Leaving Certificate Examination, 1925
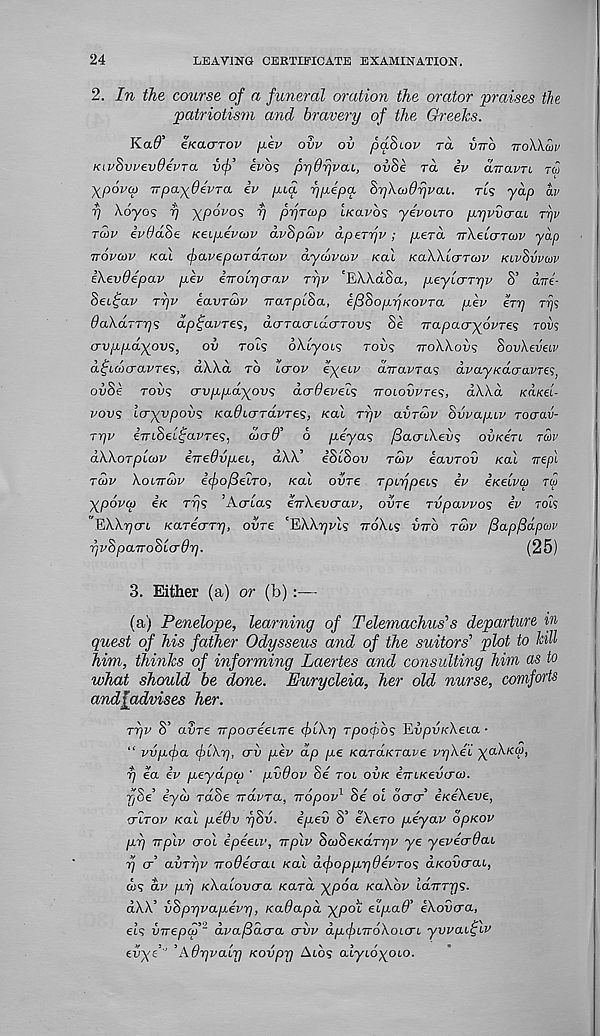
24
LEAVING CERTIFICATE EXAMINATION.
2. In the course of a funeral oration the orator praises the
patriotism and bravery of the Greeks.
KaO’ eKacrrov pev ovv ov paBiov TO. {ITTO TTOWMI/
KivhwevOevTa vfi’ evbs prjOrjvciL, ov8e ra iv drravTL TO
XRovy rrpa-xOsvTa iv pea rjpepa SyXcodrjvcu. TLS yap av
i] \6yos f xpovos r) pfrup iKavbs yevoiTo pyvv&cn Trjv
TGJV ivddhe Keepevcov dvSpcov dperrjv ; perd rrheicrTcov yap
Trovaiv /cat favepcoTCiTcov dyaivcov /cat KaWicrTCov KLVSVVCOV
i\ev6epav pev iTrobrjcrav ryv 'EWctSa, peyLcrrrjv S’ dne-
8ei£av TTjV eavTcov TrarplSa, i/BSopyKovra pev ery rij?
Oakdrrrjs dp^avres, do-TacridcrTovs Se Trapacrxbvres TOVS
cryppayovs,
ov rots oXlyois TOUS TTOAAOVS SovXeveiv
d^b(t)cravTe<;, dWd. TO icrov eyeLv aTravTas dvayKacravTes,
ovSe rot)? o-yppayovs dcrOevels TroLovvres, d\\d /cd/cet-
vovs i<Txvpov<s KaOiaTavres, Kal TT)V avrcov SvvapLV roaav-
Tyv eVtSetfai'Tes, <wcrl9’ 6 peyas jBacrikevs OVKSTL TOIV
aWorpicov irreOypei., dA.A.’ iStSov ratv iavrov Kal irepl
TUV XobiTcov ifo/Belro, Kal ohre TpLTjpei<; iv iKelvy TO
ypovcp iK rf/s ’Acrta? eTrXevcrav, ovre Tvpavvos iv rot?
EXA/^ori /carecrr^, ohre 'EWyvls TTOXLS virb TCOV fiapfidpcov
rjvhpaTToSlcrdr).
(25)
3. Either (a) or (b) :—
(a) Penelope, learning of Telemachus's departure in
quest of his father Odysseus and of the suitors' plot to kill
him, thinks of informing Laertes and consulting him as to
what should be done. Eurycleia, her old nurse, comforts
andfadvises her.
ryv S’ aSre TrpocreeiTre (flXy] rpofbs Ewptt/cXeta •
“ vvpfa
crh pev dp pe KaraKrave vrjXei yaXKCp,
rj ea iv peydpcp ’ pvOov Si TOL OVK eTrt/cewtrw.
Tjde eyo) raoe navra, iropov be oi ocrcr eKeAeve,
'TITOV Kal piOv rjSv. ipev S’ eXero piyav SpKOV
pr] vplv TOI ipieiv, Trplv ScoSeKaTr/v ye yevecrdai
■p T avTpv -TToOeaaL Kal dfoppyOevTos d/covcrat,
tw? dv pi] KXalovcra Kara ypda KOXOV idiTTrjS.
d\/V vSprjvapevT], Kadapd xpot eipad’ eXoiicra,
els vnepcp 1 dva/Bacra ahv apfiTroXoLcrt. yyvaitpiv
ehyz ' ’Auyvair] Koyprj Ato? atyto^oto.